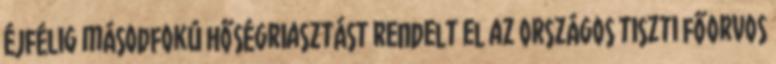
éjfélig másodfokú hőségriasztást rendelt el az országos tiszti főorvos